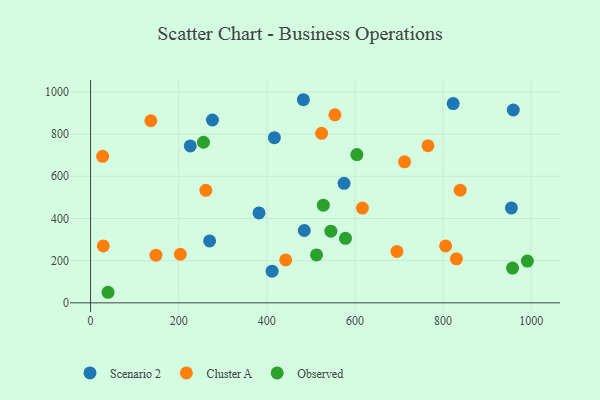
{"axis": {"x": "Investment", "y": "Exam Score"}, "legend": ["Cluster A", "Observed", "Scenario 2"], "data": [{"x": "382.3", "y": 426.1, "type": "Scenario 2"}, {"x": "955.2", "y": 450.1, "type": "Scenario 2"}, {"x": "276.6", "y": 866.8, "type": "Scenario 2"}, {"x": "270.2", "y": 293.6, "type": "Scenario 2"}, {"x": "417.2", "y": 783.0, "type": "Scenario 2"}, {"x": "483.0", "y": 963.0, "type": "Scenario 2"}, {"x": "226.3", "y": 743.8, "type": "Scenario 2"}, {"x": "412.0", "y": 150.2, "type": "Scenario 2"}, {"x": "485.1", "y": 343.1, "type": "Scenario 2"}, {"x": "575.4", "y": 566.5, "type": "Scenario 2"}, {"x": "823.0", "y": 944.9, "type": "Scenario 2"}, {"x": "959.4", "y": 914.4, "type": "Scenario 2"}, {"x": "148.4", "y": 226.2, "type": "Cluster A"}, {"x": "524.4", "y": 803.5, "type": "Cluster A"}, {"x": "805.9", "y": 269.9, "type": "Cluster A"}, {"x": "203.8", "y": 230.4, "type": "Cluster A"}, {"x": "554.6", "y": 891.3, "type": "Cluster A"}, {"x": "28.9", "y": 269.8, "type": "Cluster A"}, {"x": "695.4", "y": 243.9, "type": "Cluster A"}, {"x": "712.7", "y": 668.5, "type": "Cluster A"}, {"x": "136.8", "y": 863.4, "type": "Cluster A"}, {"x": "617.0", "y": 449.1, "type": "Cluster A"}, {"x": "261.7", "y": 533.4, "type": "Cluster A"}, {"x": "830.4", "y": 208.7, "type": "Cluster A"}, {"x": "838.9", "y": 534.3, "type": "Cluster A"}, {"x": "765.8", "y": 744.7, "type": "Cluster A"}, {"x": "27.4", "y": 694.5, "type": "Cluster A"}, {"x": "442.9", "y": 203.3, "type": "Cluster A"}, {"x": "528.3", "y": 463.2, "type": "Observed"}, {"x": "604.4", "y": 702.9, "type": "Observed"}, {"x": "39.7", "y": 50.1, "type": "Observed"}, {"x": "991.4", "y": 198.2, "type": "Observed"}, {"x": "545.4", "y": 340.0, "type": "Observed"}, {"x": "256.3", "y": 761.5, "type": "Observed"}, {"x": "512.8", "y": 227.1, "type": "Observed"}, {"x": "578.6", "y": 305.9, "type": "Observed"}, {"x": "957.8", "y": 164.9, "type": "Observed"}]}